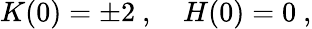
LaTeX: K(0)=\pm 2\ ,\quad H(0)=0\ ,